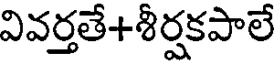
వివర్తతే+శీర్షకపాలే